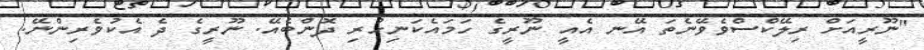
"ނޫރީއަށް ރިލޭކްސްވެވޭނެތަ އޭނ އެއީ ނޫރީގެ ހަމައެކަނިހުރި ދޮންބެއޭ. ނޫރީގެ ދެ އެކުވެރިންނޭ.